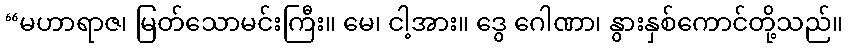
“မဟာရာဇ၊ မြတ်သောမင်းကြီး။ မေ၊ ငါ့အား။ ဒွေ ဂေါဏာ၊ နွားနှစ်ကောင်တို့သည်။